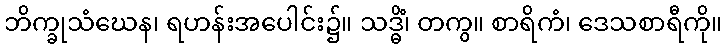
ဘိက္ခုသံဃေန၊ ရဟန်းအပေါင်း၌။ သဒ္ဓိံ၊ တကွ။ စာရိကံ၊ ဒေသစာရီကို။